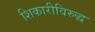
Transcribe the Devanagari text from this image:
शिकारीविरुद्ध